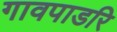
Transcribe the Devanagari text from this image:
गावपाडरि